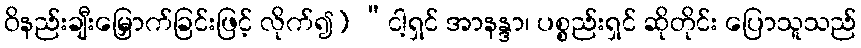
ဝိနည်းချီးမြှောက်ခြင်းဖြင့် လိုက်၍) “ငါ့ရှင် အာနန္ဒာ၊ ပစ္စည်းရှင် ဆိုတိုင်း ပြောသူသည်